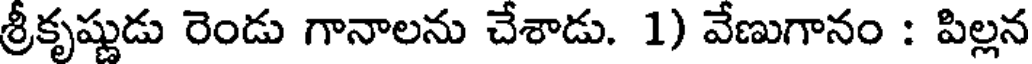
శ్రీకృష్ణుడు రెండు గానాలను చేశాడు. 1) వేణుగానం : పిల్లన